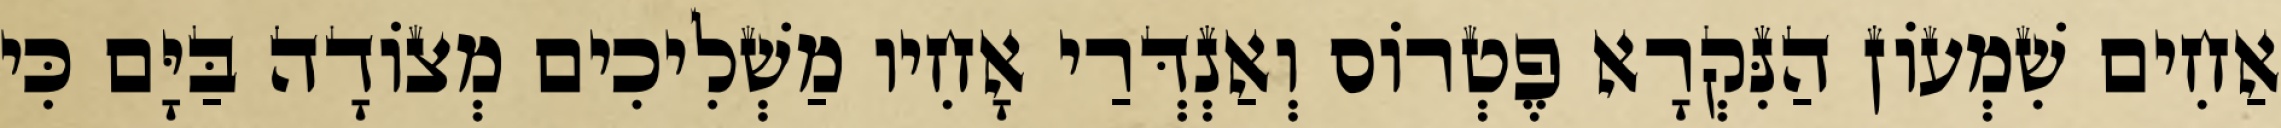
אַחִים שִׁמְעוֹן הַנִּקְרָא פֶטְרוֹס וְאַנְדְּרַי אָחִיו מַשְׁלִיכִים מְצוֹדָה בַּיָּם כִּי